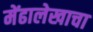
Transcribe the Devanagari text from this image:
मेंढालेखाचा